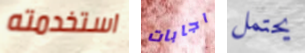
استخدمته اجابات يحتمل